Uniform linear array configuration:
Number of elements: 64
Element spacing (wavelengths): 0.25
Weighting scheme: binomial
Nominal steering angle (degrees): -30
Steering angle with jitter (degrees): -28.305
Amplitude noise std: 0.05
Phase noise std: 0.05

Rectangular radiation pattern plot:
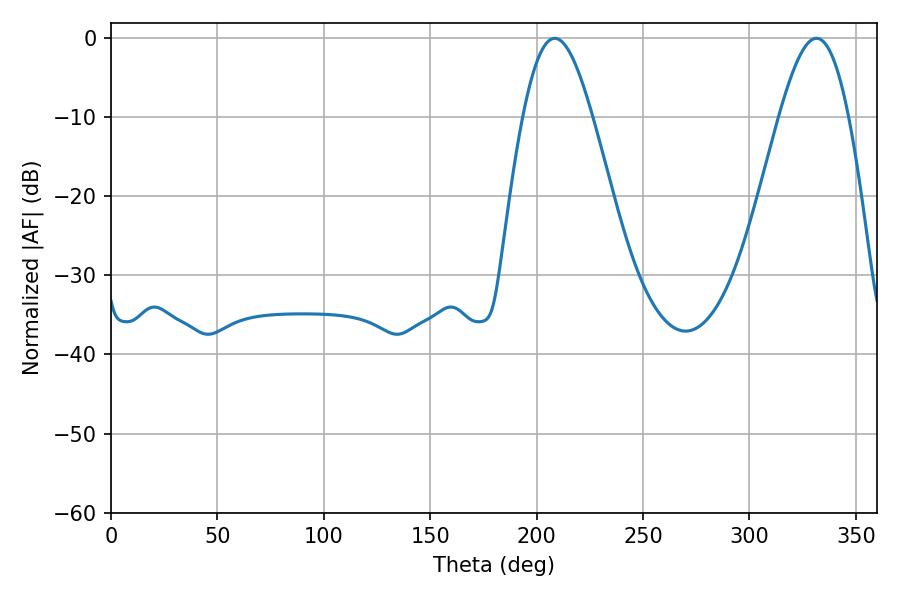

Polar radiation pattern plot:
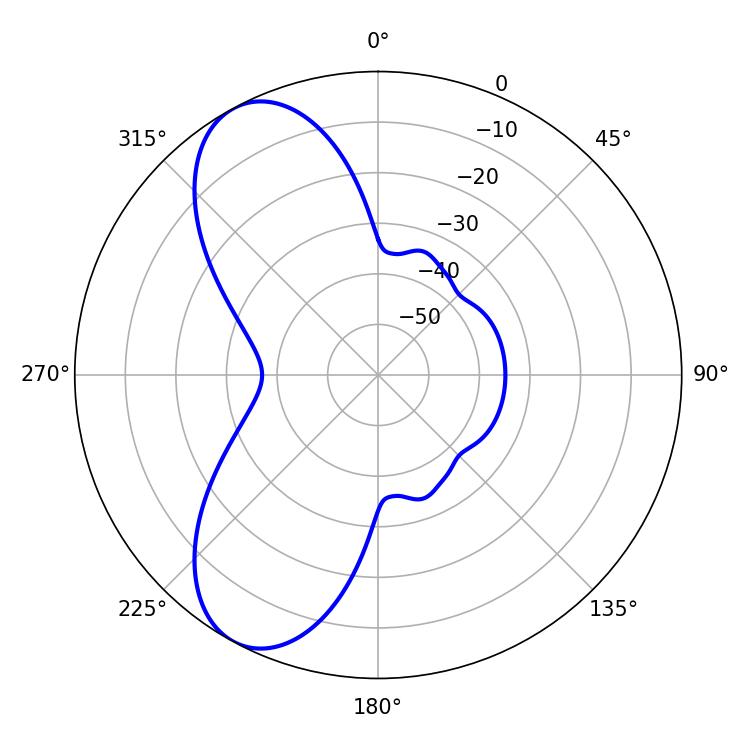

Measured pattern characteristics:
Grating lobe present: FALSE
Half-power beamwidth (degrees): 17.46
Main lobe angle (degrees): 208.44